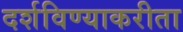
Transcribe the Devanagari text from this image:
दर्शविण्याकरीता